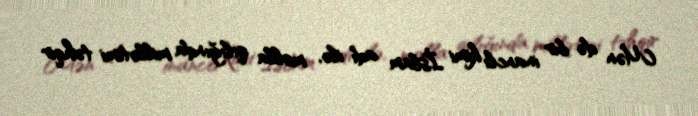
Mən də bir inanclı kimi İslam adı ilə, molla qılığında millətimi təhqir